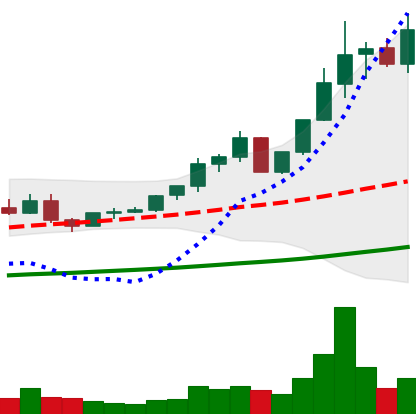
Ticker: ETC-USD
Chart end date: 2021-04-10
Forward return: 40.498%
Label: up_7plus